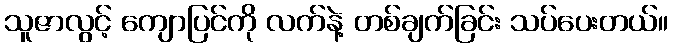
သူဇာလွင့် ကျောပြင်ကို လက်နဲ့ တစ်ချက်ခြင်း သပ်ပေးတယ်။